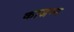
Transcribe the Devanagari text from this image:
काजन्‍म